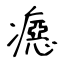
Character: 癋